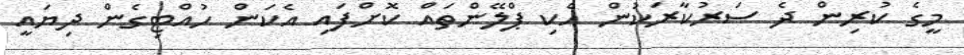
މީގެ ކުރިން ދެ ސަރުކާރަކުން އެކި ޕްލޭންތައް ކޮށްފައި އެކަން ހުއްޓިގެން ދިޔައީ